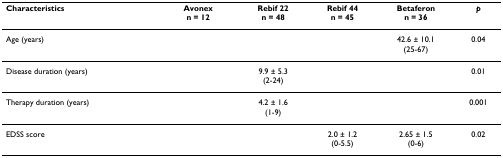
<table><thead><tr><td><b>Characteristics</b></td><td><b>Avonexn = 12</b></td><td><b>Rebif 22n = 48</b></td><td><b>Rebif 44n = 45</b></td><td><b>Betaferonn = 36</b></td><td><b><i>p</i></b></td></tr></thead><tbody><tr><td>Age (years)</td><td>[EMPTY_CELL]</td><td>[EMPTY_CELL]</td><td>[EMPTY_CELL]</td><td>42.6 ± 10.1(25-67)</td><td>0.04</td></tr><tr><td>Disease duration (years)</td><td>[EMPTY_CELL]</td><td>9.9 ± 5.3(2-24)</td><td>[EMPTY_CELL]</td><td>[EMPTY_CELL]</td><td>0.01</td></tr><tr><td>Therapy duration (years)</td><td>[EMPTY_CELL]</td><td>4.2 ± 1.6(1-9)</td><td>[EMPTY_CELL]</td><td>[EMPTY_CELL]</td><td>0.001</td></tr><tr><td>EDSS score</td><td>[EMPTY_CELL]</td><td>[EMPTY_CELL]</td><td>2.0 ± 1.2(0-5.5)</td><td>2.65 ± 1.5(0-6)</td><td>0.02</td></tr></tbody></table>